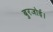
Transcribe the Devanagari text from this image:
बुरजोई।